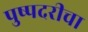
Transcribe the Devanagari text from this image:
पुष्पदरीचा